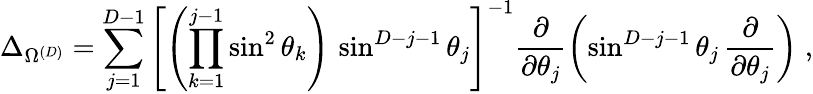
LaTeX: \Delta_{\Omega^{({D})}}=\sum_{j=1}^{{D}-1}\left[\left(\prod_{k=1}^{j-1}\sin^{2}\theta_{k}\right)\, \sin^{{D}-j-1}\theta_{j}\right]^{-1}\frac{\partial}{\partial\theta_{j}}\left(\sin^{{D}-j-1}\theta_{j}\, \frac{\partial}{\partial\theta_{j}}\right)\; ,